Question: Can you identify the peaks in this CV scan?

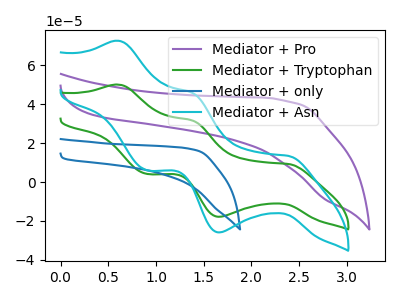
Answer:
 <answer>The purple curve "Mediator + Pro" has no peaks. The green curve "Mediator + Tryptophan" has anodic peaks at (0.60V, 50.05uA) (1.40V, 31.65uA) and cathodic peaks at (2.40V, 9.25uA) (1.65V, -17.85uA) (0.90V, 4.15uA). The blue curve "Mediator + only" has no peaks. The cyan curve "Mediator + Asn" has anodic peaks at (0.60V, 72.55uA) (1.40V, 45.85uA) and cathodic peaks at (2.40V, 13.45uA) (1.65V, -25.90uA) (0.90V, 6.05uA).</answer>
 <eval></eval>